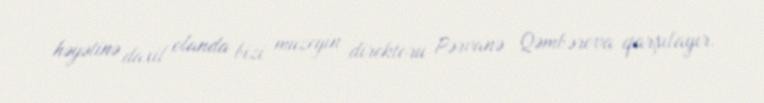
həyətinə daxil olanda bizi muzeyin direktoru Pərvanə Qəmbərova qarşılayır.